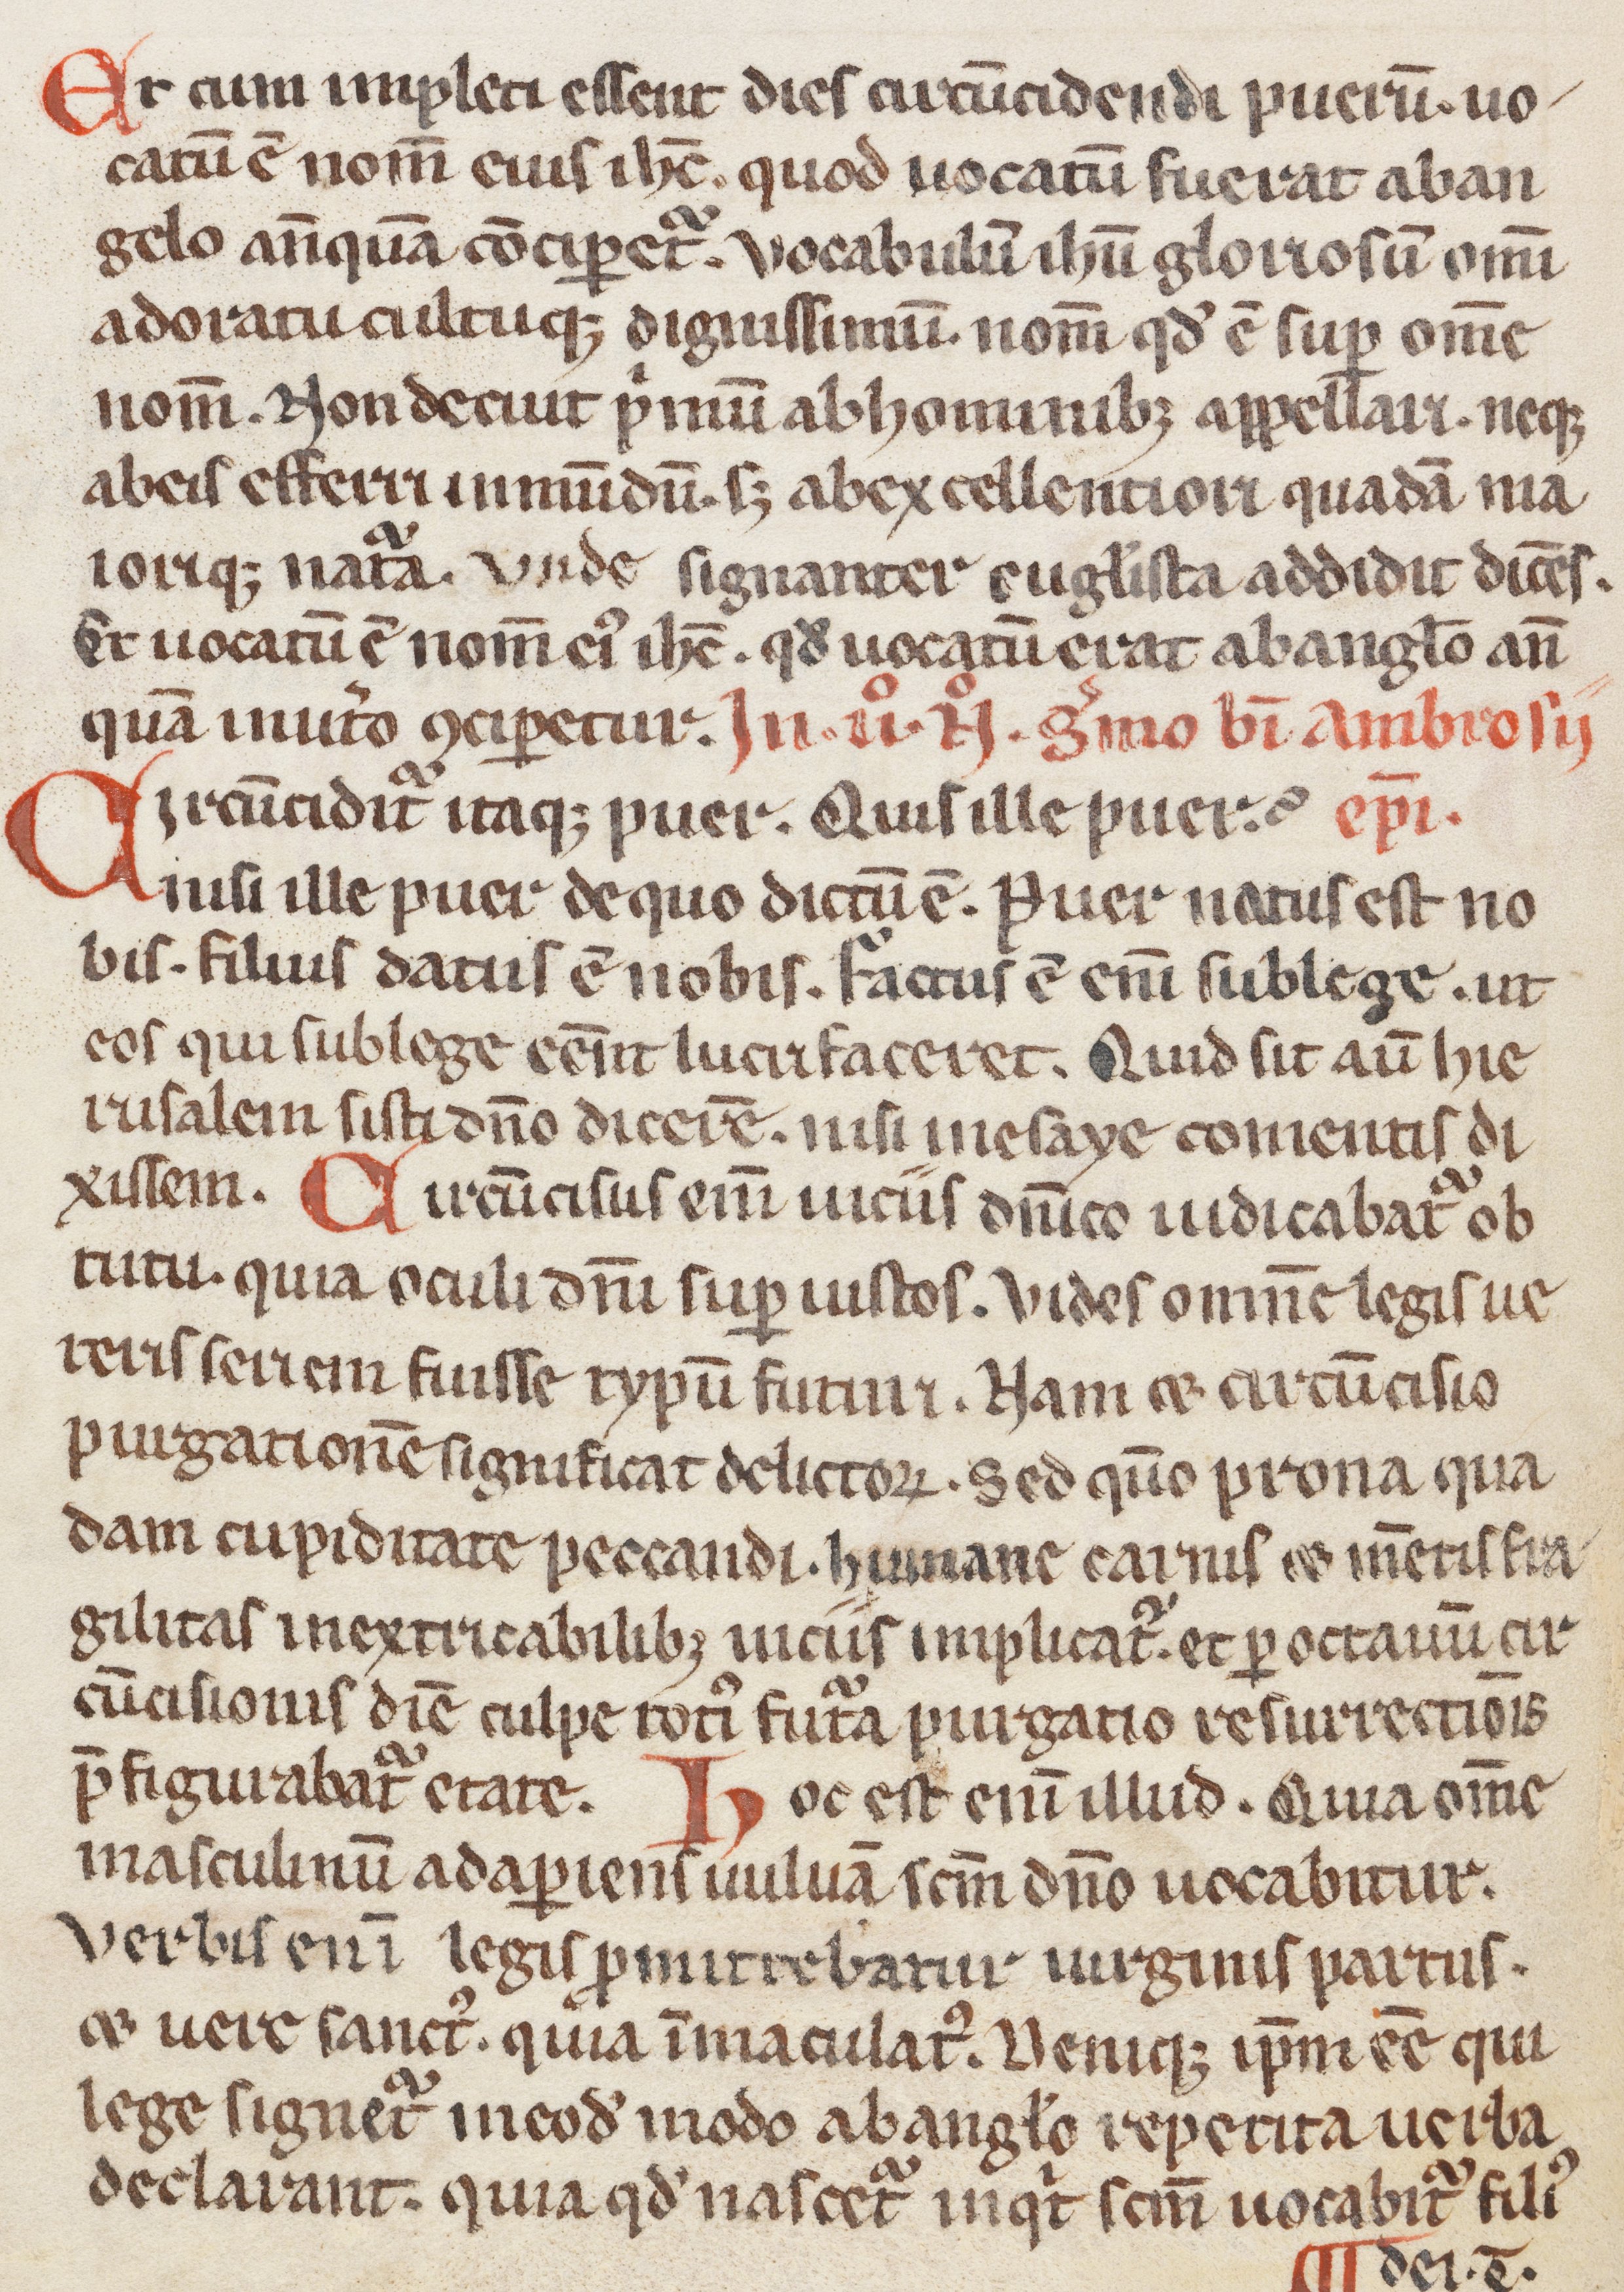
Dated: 1200–1299